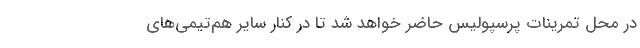
در محل تمرینات پرسپولیس حاضر خواهد شد تا در کنار سایر هم‌تیمی‌های